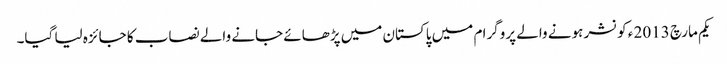
یکم مارچ 2013 ء کو نشر ہونے والے پروگرا م میں پاکستان میں پڑھائے جانے والے نصاب کا جائزہ لیا گیا۔